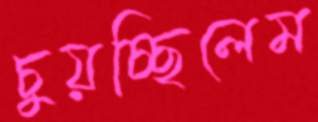
চুয়চ্ছিলেম